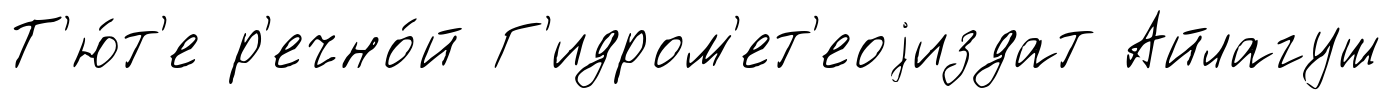
Т'ю́т'е р'ечно́й Г'идром'ет'еоjиздат Айлагуш